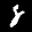
Label: 8